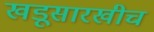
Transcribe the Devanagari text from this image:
खडूसारखीच